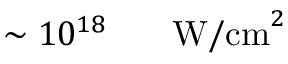
\sim 1 0 ^ { 1 8 } \ensuremath { \mathrm { ~ \textrm ~ { ~ \, ~ } ~ } } \ensuremath { \mathrm { W / c m } } ^ { 2 }